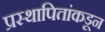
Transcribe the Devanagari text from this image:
प्रस्थापितांकडून